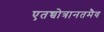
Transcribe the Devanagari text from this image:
एतच्चोत्रानतमैव